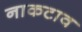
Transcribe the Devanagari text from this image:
नाकटाव